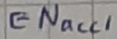
Text: ENacc1